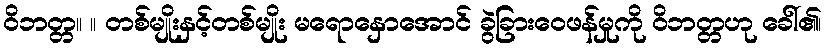
ဝိဘတ္တ။ ။ တစ်မျိုးနှင့်တစ်မျိုး မရောနှောအောင် ခွဲခြားဝေဖန်မှုကို ဝိဘတ္တဟု ခေါ်၏၊